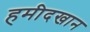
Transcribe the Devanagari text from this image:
हमीदखान